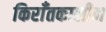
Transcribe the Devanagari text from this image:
किराँतकालीन